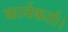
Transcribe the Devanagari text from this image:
कार्यकर्ता।